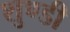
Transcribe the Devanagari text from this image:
शुण्डी